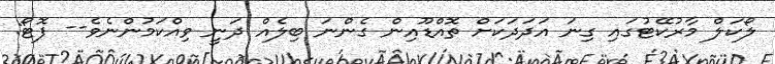
ލޯކަލް މާރުކޭޓުގައި ގިނަ އަދަދަކަށް ތޮއްޑޫއިން ގެންނަ ބިލެއް ދަނީ ވިއްކަމުންނެވެ-- ފޮޓޯ: